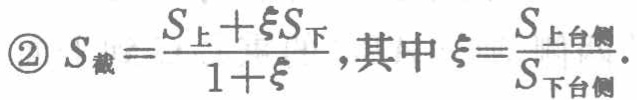
\textcircled{2} \(S_{截}=\frac{S_{上}+\xi S_{下}}{1 + \xi}\)，其中\(\xi=\frac{S_{上台侧}}{S_{下台侧}}\)。